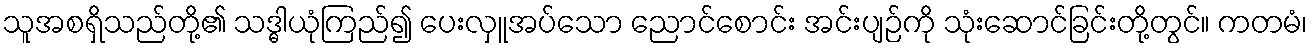
သူအစရှိသည်တို့၏ သဒ္ဓါယုံကြည်၍ ပေးလှူအပ်သော ညောင်စောင်း အင်းပျဉ်ကို သုံးဆောင်ခြင်းတို့တွင်။ ကတမံ၊